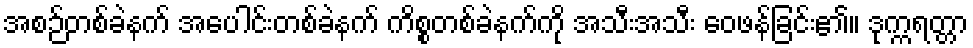
အစဉ်တစ်ခဲနက် အပေါင်းတစ်ခဲနက် ကိစ္စတစ်ခဲနက်ကို အသီးအသီး ဝေဖန်ခြင်း၏။ ဒုက္ကရတ္တာ